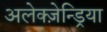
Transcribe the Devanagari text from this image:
अलेक्ज़ेन्ड्रिया